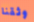
وثقنا